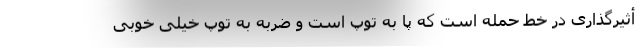
أثیرگذاری در خط حمله است که پا به توپ است و ضربه به توپ خیلی خوبی